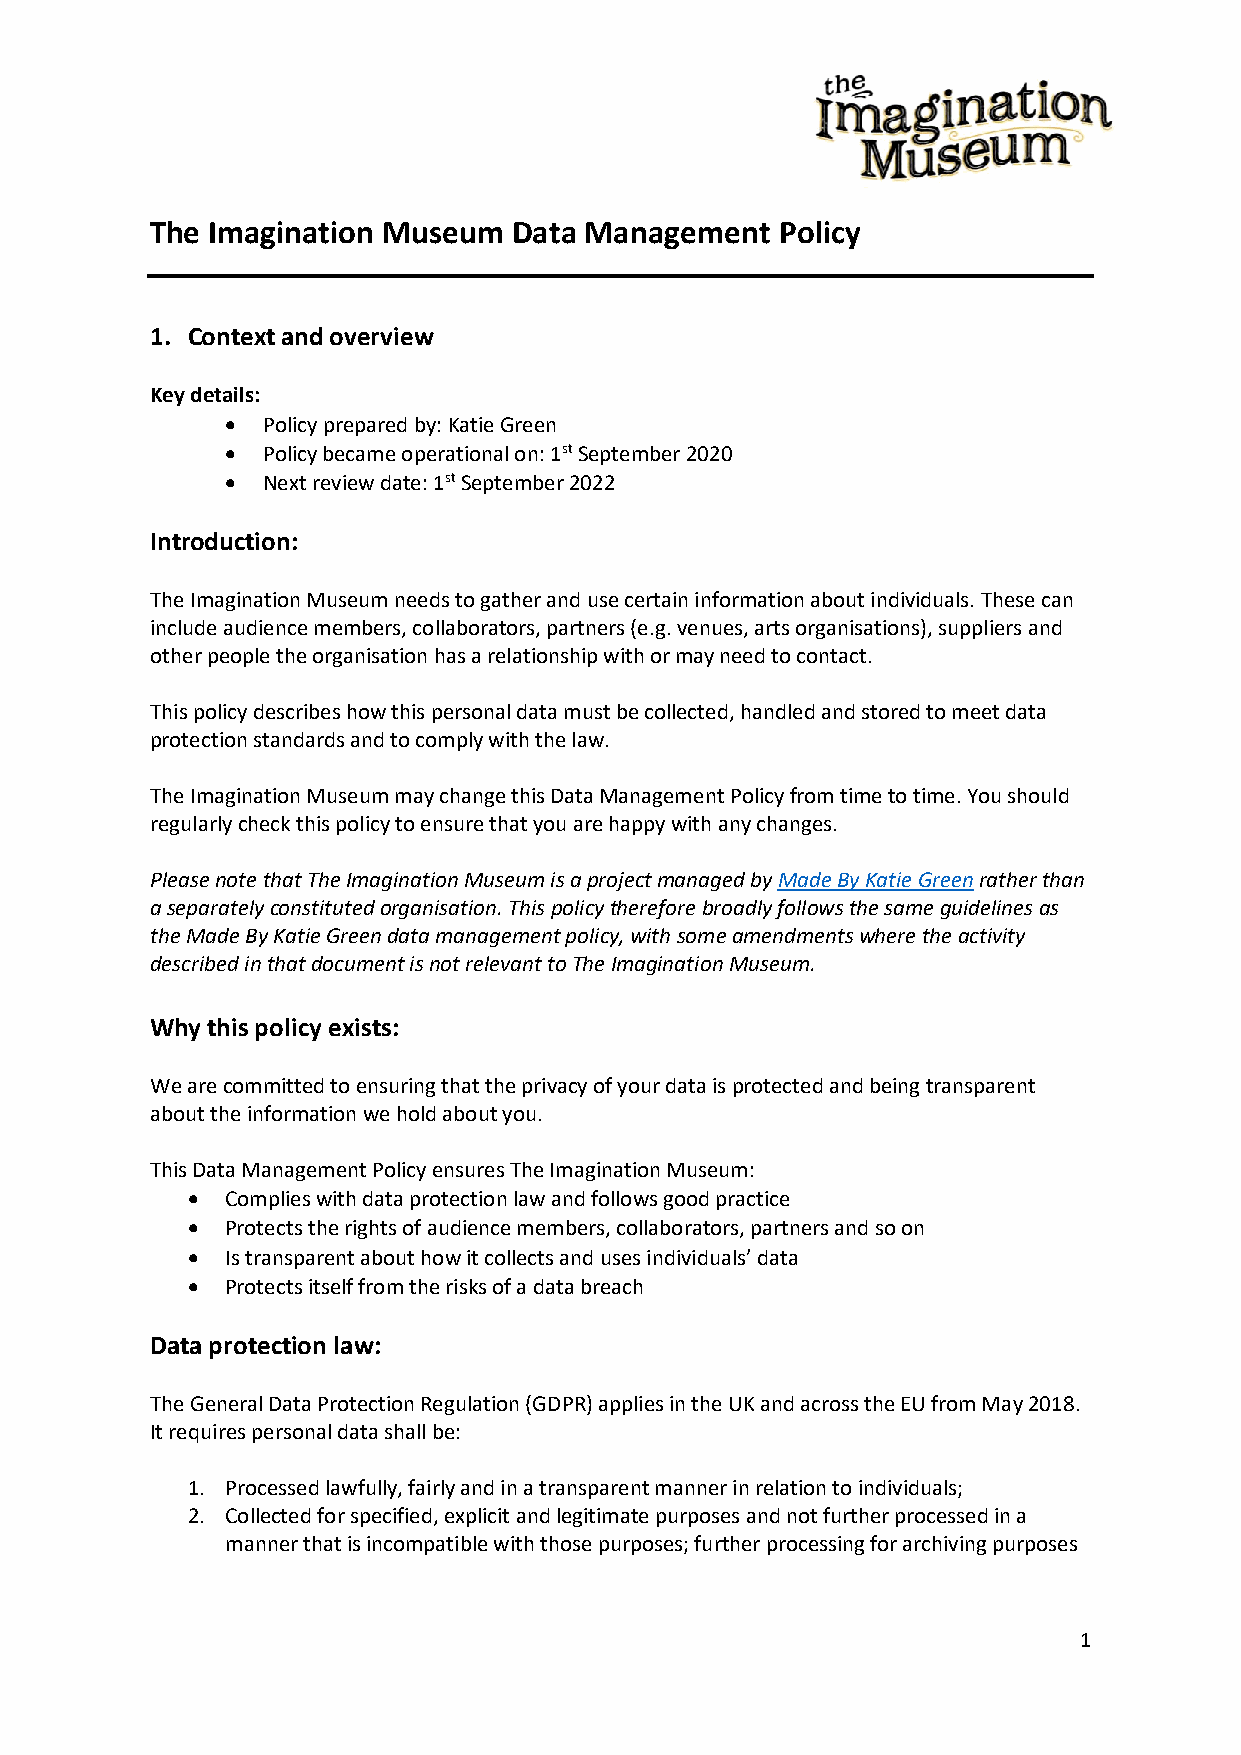
The Imagination Museum  Data Management   Policy
 1. Context and overview
 Key details:
 • Policy prepared by: Katie Green
 • Policy became operational on: 1st September 2020
 • Next review date: 1st September 2022
 Introduction:
 The Imagination Museum needs to gather and use certain information about individuals. These can
 include audience members, collaborators, partners (e.g. venues, arts organisations), suppliers and
 other people the organisation has a relationship with or may need to contact.
 This policy describes how this personal data must be collected, handled and stored to meet data
 protection standards and to comply with the law.
 The Imagination Museum may change this Data Management Policy from time to time. You should
 regularly check this policy to ensure that you are happy with any changes.
 Please note that The Imagination Museum is a project managed by Made By Katie Green rather than
 a separately constituted organisation. This policy therefore broadly follows the same guidelines as
 the Made By Katie Green data management policy, with some amendments where the activity
 described in that document is not relevant to The Imagination Museum.
 Why this policy exists:
 We are committed to ensuring that the privacy of your data is protected and being transparent
 about the information we hold about you.
 This Data Management Policy ensures The Imagination Museum:
 •  Complies with data protection law and follows good practice
 •  Protects the rights of audience members, collaborators, partners and so on
 •  Is transparent about how it collects and uses individuals’ data
 •  Protects itself from the risks of a data breach
 Data protection law:
 The General Data Protection Regulation (GDPR) applies in the UK and across the EU from May 2018.
 It requires personal data shall be:
 1. Processed lawfully, fairly and in a transparent manner in relation to individuals;
 2. Collected for specified, explicit and legitimate purposes and not further processed in a
 manner that is incompatible with those purposes; further processing for archiving purposes
 1